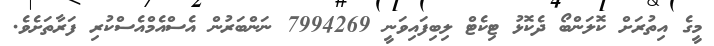
މީގެ އިތުރަށް ކޮލަންބޯ ދެކޮޅު ޓިކެޓް ލިބިފައިވަނީ 7994269 ނަންބަރުން އެސްއެމްއެސްކުރި ފަރާތަށެވެ.